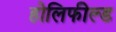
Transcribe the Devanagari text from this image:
होलिफील्ड